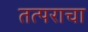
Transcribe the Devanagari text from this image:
तत्पराचा